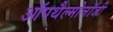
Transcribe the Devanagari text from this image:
ऑपथैल्मोलॉजी